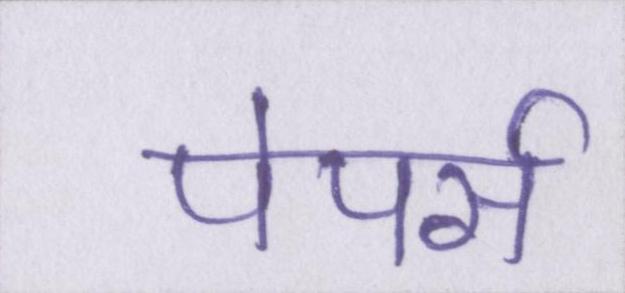
पेपर्स